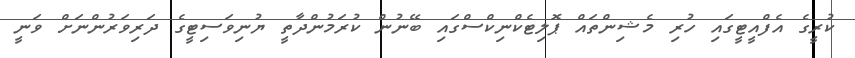
ކުރީގެ އެފްއީޓީގައި ހުރި މެޝިންތައް ޕޮލިޓެކްނިކްސްގައި ބޭނުން ކުރަމުންދާތީ ޔުނިވަސިޓީގެ ދަރިވަރުންނަށް ވަނީ